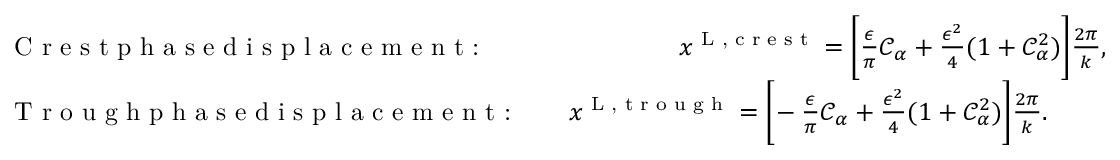
\begin{array} { r l } & { \textrm { C r e s t p h a s e d i s p l a c e m e n t : \, \, \, \, \, \, \, \, \, \, \, \, } x ^ { \textnormal { L , c r e s t } } = \bigg [ \frac { \epsilon } { \pi } \mathcal { C } _ { \alpha } + \frac { \epsilon ^ { 2 } } { 4 } ( 1 + \mathcal { C } _ { \alpha } ^ { 2 } ) \bigg ] \frac { 2 \pi } { k } , } \\ & { \textrm { T r o u g h p h a s e d i s p l a c e m e n t : \, \, \, } x ^ { \textnormal { L , t r o u g h } } = \bigg [ \! - \frac { \epsilon } { \pi } \mathcal { C } _ { \alpha } + \frac { \epsilon ^ { 2 } } { 4 } ( 1 + \mathcal { C } _ { \alpha } ^ { 2 } ) \bigg ] \frac { 2 \pi } { k } . } \end{array}